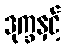
ဒုက္ခနှင့်